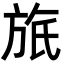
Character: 𣃮